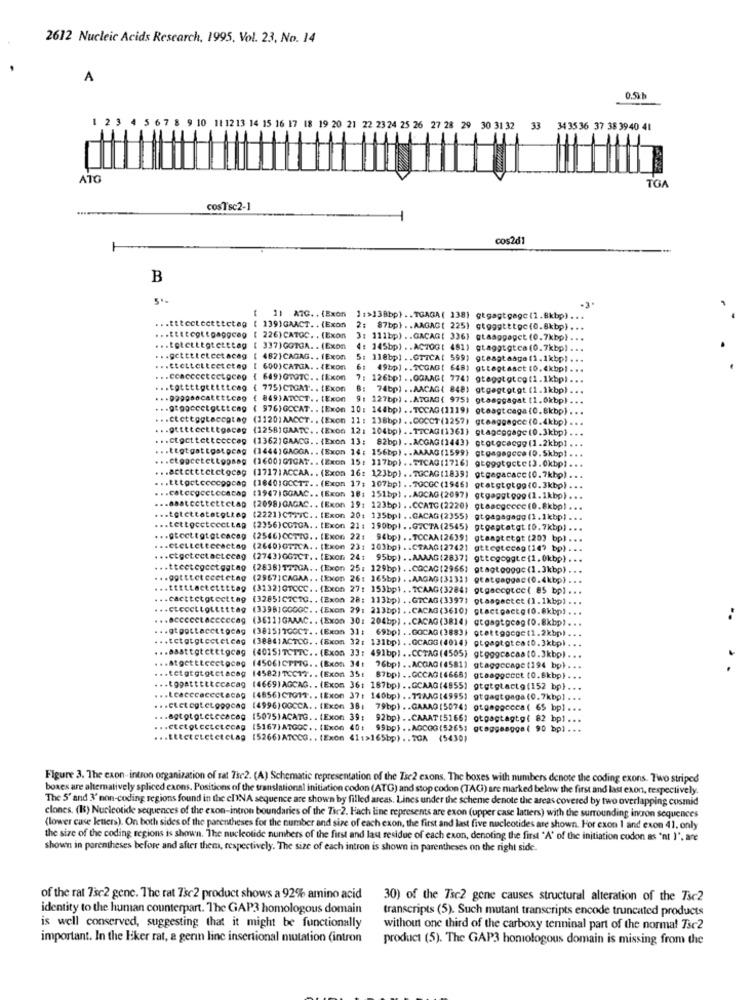
2612 Nucleic Acids Research, 1995, Vol. 23, No. 14
A
1 2 3 4 5 6 7 8 9 10 11 12 13 14 15 16 17 18 19 20 21 22 23 24 25 26 27 28 29 30 31 32
33
34 35 36 37 38 39 40 41
ATG
TOA
cosTsc2-1
cos2dl
-
B
... tttectectttcteg
11 ATG. . (Exon
1:>138bp) .. TGAGA( 138) gtgagtgage (1.8kbp) ...
[ 139]GAACT. . (Exon
2: 87bp} .. AAGAG( 225) gtgggtttpc(0.8kbp) ...
[ 226) CATOC. . (Exon
3: 111bp) .. GACAG( 336) gtaaggaget (0.7kbp) ...
337)GOTGA. . (Exon
4: 145bp) .. ACTOG: 481) gtaggtgtca(0.7kbp) ...
... getttletectacag
482}CAGAG. . (Exon
5: 118bpl .. CTICA( 599) gtaagtaaga(1. 1kbp).
... ttctteltecteteg
[ 600)CATGA. . (Exon
6: 49bp) .. SCGAG[ 648) gttegtasct (0. 4kbp) ...
... ccacccctectocep
649)GTOTC. . (Exon
7: 126bp1 .. OGAAG( 774) gtaggtetcg(1.1kbp) ..
... tottttgtttttcag
( 775) CTGAT. . (Exon
B: 74bp) . . AACAG( 848) gtgagtgtgt (1.1kbp).
( 849)ATCCT .. (Exon 9: 127bp) .. ATGMG( 975) gtaaggagat (1.0kbp) ...
... @topccetgtttcag
( 976)GCCAT .. (Exon 10: 144bp) .. TOCAG(1119) oteagtcaga(0.8kbp) ...
... ctottogtaccptag
(3120) AACCT. . (Exon 11 : 138bp) .. COCCT(1257) gtaaggagce (0.4kbp)
... @tittcettegaceg
(1258]GAATC. . (Exon 12: 104bp) .. TICAG(1361) gtageggage (0.3kbp).
... ctocttettccccap (1362)GAACG .. (Exon 13: 82bp) . . ACGAG(1443) ctotgcaegg (1.2kbp].
... ttetgattgatpcag
(1444)GAGGA. . (Exon 14: 156bp) .. AAAAG(1599) gtgagagece (0.5kbp).
... ctoacctettopasg (1600;GTGAT .. (Exon 15: 117bp) .. TICAG (1716] gteggtgcte [3. 0kbp).
... tttectccccppcag
... actctttetctocag (1717|ACCAA. . (Exon 16: 123bp) .. TGCAG(18391 gtgagacacc (0.7khp)
... catecgcctocachp
(1840;GCCTT .. (Exon 17; 107bp) .. TGCGC(1946) gtatgtgtgg(0.3kbp)
(1947)OGAAC .. (Exon 18: 151bp) .. AGCAG(2097) gtgaggtppg (1.1kbp)
... abatcettettcLag
(2098)GAGAC. . (Exon 19: 123bp) .. CCATG (2220) gtaacgocce(0.8kbp)
... totettatatottep
(2221)CTTIC .. [Exon 20: 135bp) .. CACAG(2355)
@tgagagagg (1.1kbp)
... tettocctcectLag
(2356)CGTGA. . (Exon 21 : 190bp) .. GICTA(2545) gtgaptatgt (0.7kbp)
... @tecttotgtcacag
(2566)CCTTG .. (Exon 22: 94bp) .. TCCAA(2639] gtaagtetgt (203 bp)
(2640)CTICA. . (Exon 23: 103bp) .. CTAAG(2742)
attegteceg (14? bp)
... ctgetcctactccag
(2743)GGTCT .. [Exon 24:
95bp) .. AAAAG(2837)
gttogeggte(1.0kbp)
... ttectegoetggtag (2838117IGA. . (Exon 25: 125bp) .. COCAC(2966)
gtagtoggge (1.3kbp)
... gotttet ceetctag
(2957]CAGAA. . (Exon 26: 165bp) . . AAGAG(31311
gtatgaggac (0.4kbp)
(3132]GTCCC. . (Exon 27: 153bp). . TCAAG(3284)
gigaccgtce( 85 bp)
... cacttctgtecttag
(32851CZCTG .. (Exon 28: 113bp) .. GICAG(3397)
gtaspectct (1.1kbp)
... ctccettolitttag
(3398]GGGGC .. (Exon 29: 213bp) .. CACAG(3610) gtactpactg(0.8kbp)
(36111GAAAC .. (Exon 30: 204bp) .. CACAG (3814)
gtgagtgcog (0.8kbp)
.. . gtgottacettocag
(38151TCOCT. . (Exon 31:
69bpl .. GOCAG (3883] gtettggege(1.2kbp)
... tetgtgtecteteag
(38841ACTCO. . (Exon 32: 131bp) .. GCAGG(4014) gigagtgtca:0. 3kbpl
(40151TCTTC .. (Exon 33: 491bp) .. CCTAG(4505) gtgggcacaa(0.3kbp)
(45061CTTTG .. (Rxon 34:
.. tetgigtotctacog
145821TCC17. . (Exon 35:
76bp) .. ACGAG (4581) gtaggocape (194 bp)
. .
... topattettecacag
57bp) . . GCCAG(4668) gtaaggcect (0.8kbp)
(4669)AGCAG. . (Exon 36: 167bp) .. GCAAG(4855) gtetgtactg (152 bp)
.. Łcacccaccctecag
(4856)CTGIT .. (Exon 37: 140bp) .. 77MAG[4995) gtgagtgaga (0.7kbp]
(4996) OGCCA. . (Exon 38:
79bp) .. GAMAO(50741 gtgaggccca ( 65 bp]
(5075) ACATG. . (Exon 39;
92bp) .. CAAAT[51661 otgagtagtg( 82 bp) ...
... etctot cetctecAg
(5167)ATGOC .. (Exon 40:
9,bp) . . AGCGG(5265)
@taggeagge ( 90 bp) .
... titctcLetctclag [5266)ATCCG .. (Exon 41:>165bp) .. TGA (5430)
Figure 3. The exon-intron organization of sat The2. (A) Schematic representation of the Tse2 exons, The boxes with numbers denote the coding exons. Two striped
boxes are alternatively spliced exons. Positions of the translational initiation codon (ATG) and stop codon (TACI) are marked below the first and last exon, respectively.
The 5' and 3' non-coding regions found in the chNA sequence are shown by filled areas. Lines under the scheme denote the areas covered by two overlapping cosmid
clones. (B) Nucleotide sequences of the exon-intron boundaries of the Tar2. Hach line represents are exon (upper case latters) with the surrounding incon sequences
(lower case letters). On both sides of the parentheses for the number and size of each exon, the first and last five nucleotides are shown. For exon 1 and exon 41. only
the size of the coding regions is shown. The nucleotide numbers of the first and lau residue of each exon, denoting the first "A' of the initiation codon as 'nt 1', are
shown in parentheses before and after them, respectively. The size of each intron is shown in parentheses on the right side.
of the rat 7se2 gene. The rat 7se2 product shows a 92% amino acid
30) of the Tsc2 gene causes structural alteration of the Tsc2
identity to the human counterpart. The GAP3 homologous domain
transcripts (5). Such mutant transcripts encode truncated products
is well conserved, suggesting that it might be functionally
without one third of the carboxy tenninal part of the normal Tse2
important. In the Eker rat, a gerin line insertional mutation (intron
product (5). The GAP3 homologous domain is missing from the